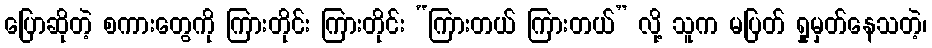
ပြောဆိုတဲ့ စကားတွေကို ကြားတိုင်း ကြားတိုင်း “ကြားတယ် ကြားတယ်” လို့ သူက မပြတ် ရှုမှတ်နေသတဲ့၊